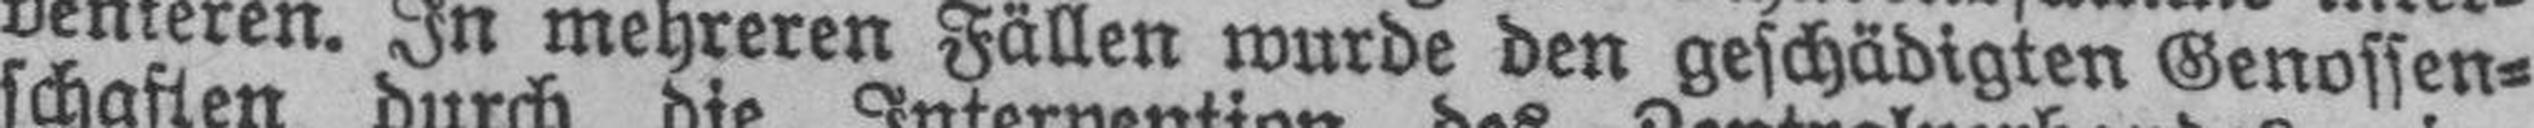
venieren. In mehreren Fällen wurde den geschädigten Genossen¬